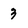
Character: 3